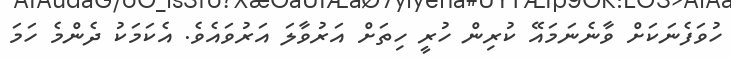
ހުވަފެނަކަށް ވާނެނަމައޭ ކުރިން ހުރީ ހިތަށް އަރުވާލަ އަރުވައެވެ. އެކަމަކު ދެންމެ ހަމަ